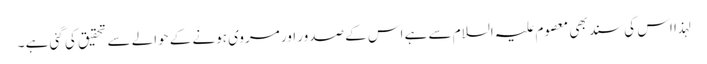
لہذا اس کی سند بھی معصوم علیہ السلام سے ہے اس کے صدور اور مروی ہونے کے حوالے سے تحقیق کی گئی ہے ۔